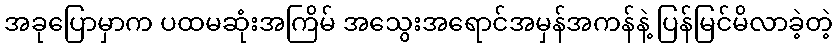
အခုပြောမှာက ပထမဆုံးအကြိမ် အသွေးအရောင်အမှန်အကန်နဲ့ ပြန်မြင်မိလာခဲ့တဲ့